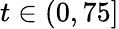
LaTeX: t\in(0,75]